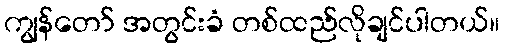
ကျွန်တော် အတွင်းခံ တစ်ထည်လိုချင်ပါတယ်။